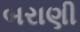
બરાણી